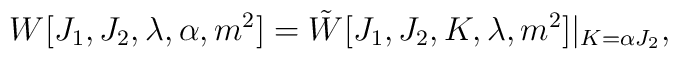
W[J_1,J_2,\lambda,\alpha,m^2]=\tilde W[J_1,J_2,K,\lambda,m^2]|_{K=\alpha J_2},